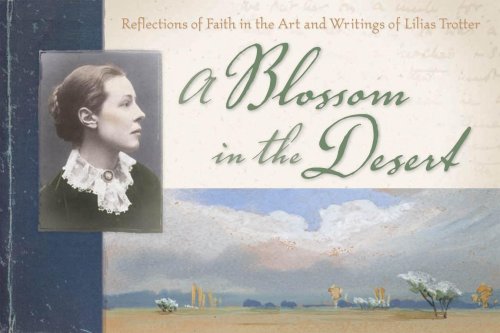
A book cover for A Blossom in the Desert; Lilias Trotter; Arts & Photography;